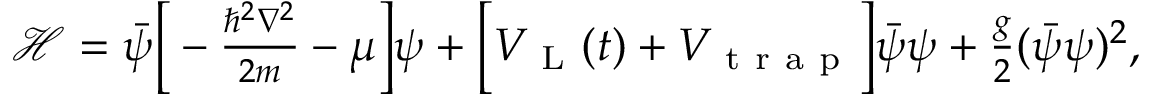
\begin{array} { r } { \mathcal { H } = \Bar { \psi } \bigg [ - \frac { \hbar ^ { 2 } \nabla ^ { 2 } } { 2 m } - \mu \bigg ] \psi + \Big [ { V } _ { \mathrm { ~ L ~ } } ( t ) + { V } _ { \mathrm { ~ t ~ r ~ a ~ p ~ } } \Big ] \Bar { \psi } \psi + \frac { g } { 2 } ( \Bar { \psi } \psi ) ^ { 2 } , } \end{array}